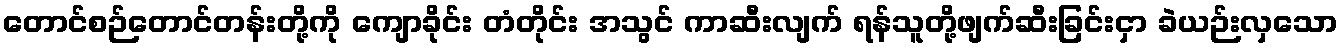
တောင်စဉ်တောင်တန်းတို့ကို ကျောခိုင်း တံတိုင်း အသွင် ကာဆီးလျက် ရန်သူတို့ဖျက်ဆီးခြင်းငှာ ခဲယဉ်းလှသော